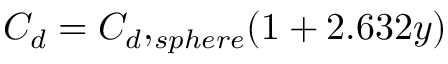
C _ { d } = { C _ { d } , _ { s p h e r e } } ( 1 + 2 . 6 3 2 y )